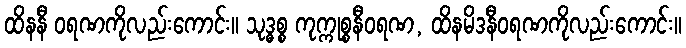
ထိနနီ ဝရဏကိုလည်းကောင်း။ သုဒ္ဓစ္စ ကုက္ကုစ္စနီဝရဏ, ထိနမိဒနီဝရဏကိုလည်းကောင်း။